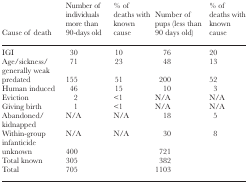
<table><thead><tr><td><b>Cause of death</b></td><td><b>Number of individuals more than 90-days old</b></td><td><b>% of deaths with known cause</b></td><td><b>Number of pups (less than 90 days old)</b></td><td><b>% of deaths with known cause</b></td></tr></thead><tbody><tr><td>IGI</td><td>30</td><td>10</td><td>76</td><td>20</td></tr><tr><td>Age/sickness/ generally weak</td><td>71</td><td>23</td><td>48</td><td>13</td></tr><tr><td>predated</td><td>155</td><td>51</td><td>200</td><td>52</td></tr><tr><td>Human induced</td><td>46</td><td>15</td><td>10</td><td>3</td></tr><tr><td>Eviction</td><td>2</td><td>&lt;1</td><td>N/A</td><td>N/A</td></tr><tr><td>Giving birth</td><td>1</td><td>&lt;1</td><td>N/A</td><td>N/A</td></tr><tr><td>Abandoned/ kidnapped</td><td>N/A</td><td>N/A</td><td>18</td><td>5</td></tr><tr><td>Within-group infanticide</td><td>N/A</td><td>N/A</td><td>30</td><td>8</td></tr><tr><td>unknown</td><td>400</td><td></td><td>721</td><td></td></tr><tr><td>Total known</td><td>305</td><td></td><td>382</td><td></td></tr><tr><td>Total</td><td>705</td><td></td><td>1103</td><td></td></tr></tbody></table>